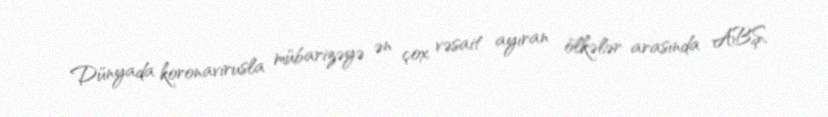
Dünyada koronavirusla mübarizəyə ən çox vəsait ayıran ölkələr arasında ABŞ,